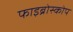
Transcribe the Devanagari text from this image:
फाइब्रोस्कोप